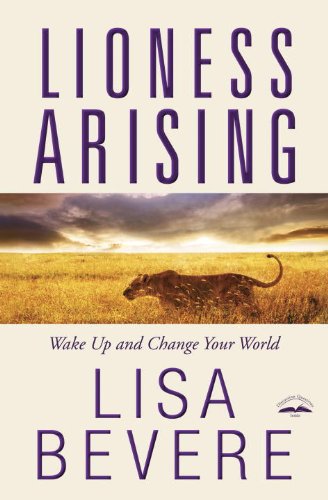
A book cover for Lioness Arising: Wake Up and Change Your World; Lisa Bevere; Christian Books & Bibles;